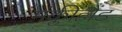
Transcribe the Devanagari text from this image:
मंक्लील्लैंड